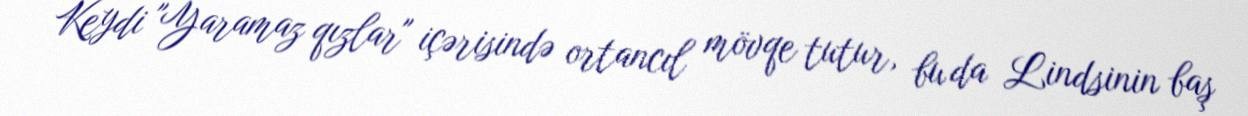
Keydi "Yaramaz qızlar" içərisində ortancıl mövqe tutur, bu da Lindsinin baş